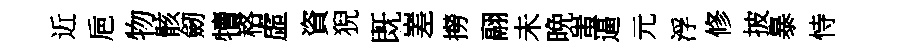
近巵物骸劒犢格虛資猊既嵳撈翮未晩蚩逼元浮修披暴恃